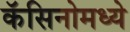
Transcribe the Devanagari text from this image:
कॅसिनोमध्ये